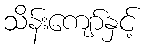
သိန်းကျော်နှင့်